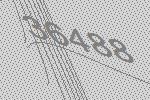
36488